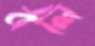
বলি